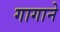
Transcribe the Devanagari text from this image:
गागाने